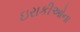
ઇરાકીઓના